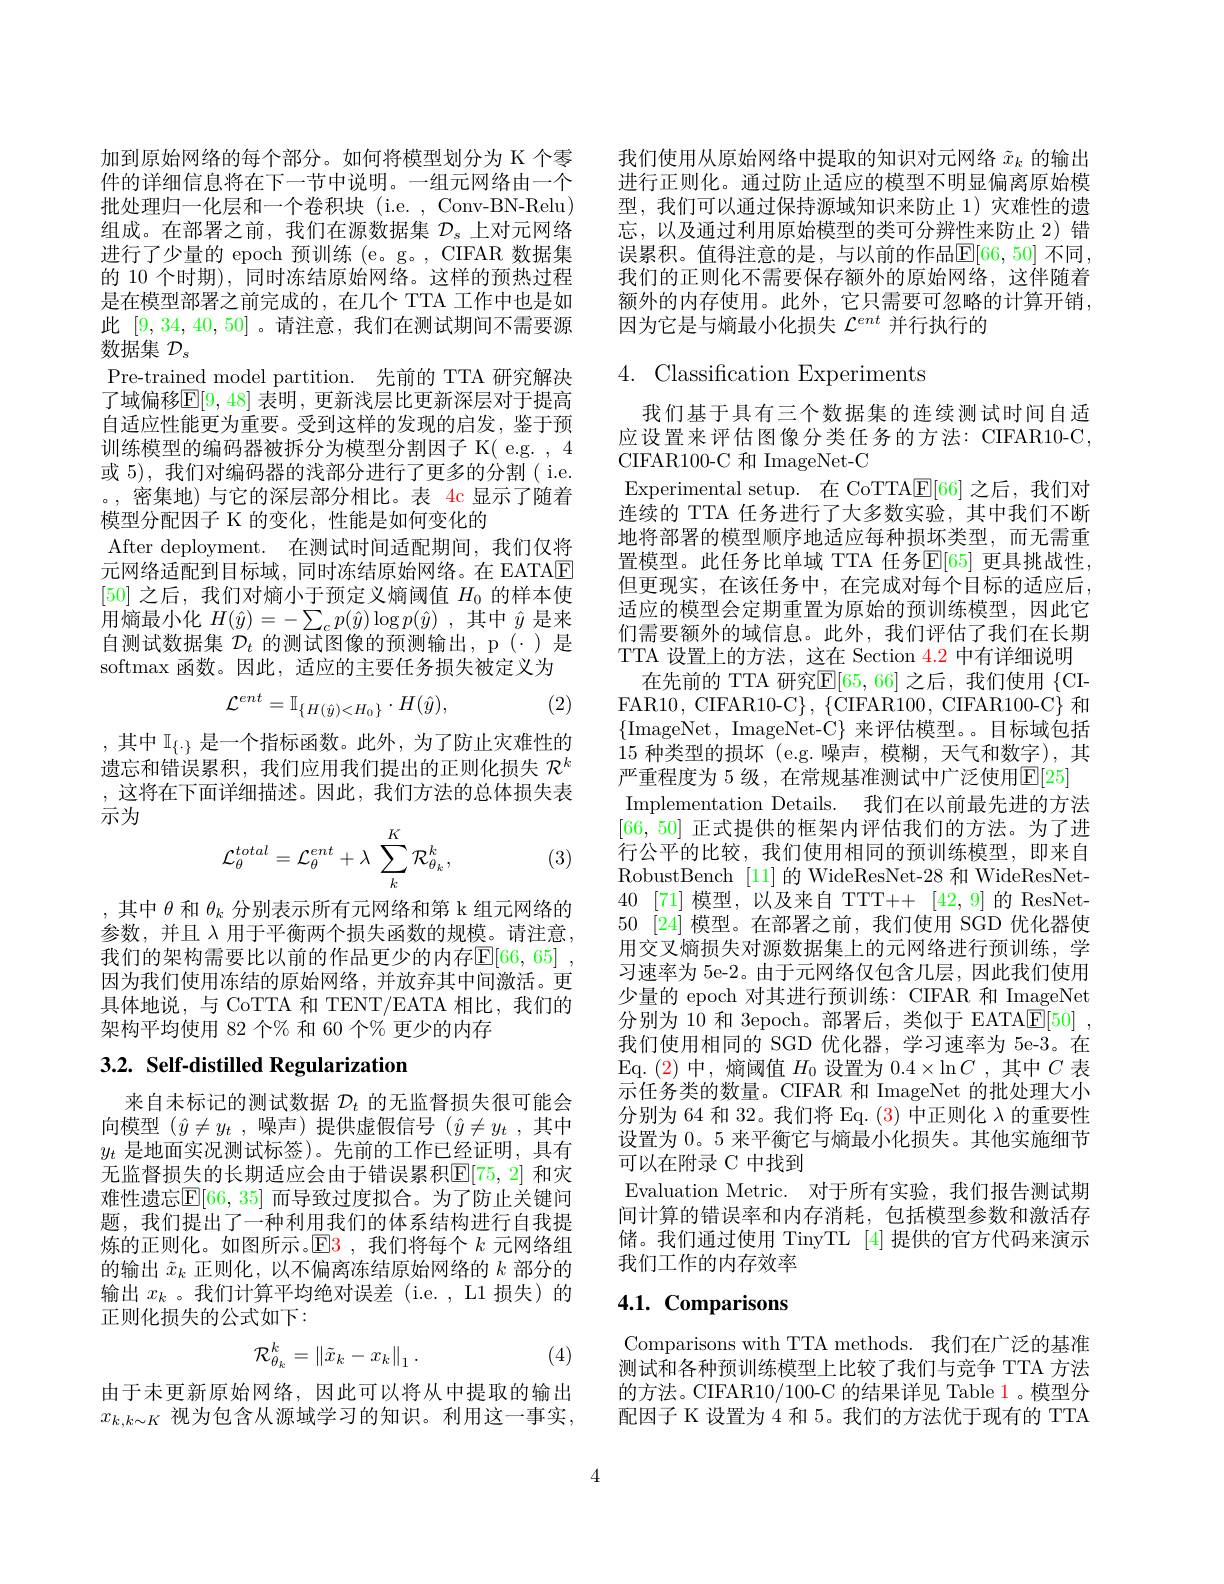
加到原始网络的每个部分。如何将模型划分为 K 个零件的详细信息将在下一节中说明。一组元网络由一个批处理归一化层和一个卷积块 (i.e. , Conv-BN-Relu) 组成。在部署之前，我们在源数据集$\mathcal{D}_s$上对元网络进行了少量的 epoch 预训练 (e。g。, CIFAR 数据集的 10 个时期), 同时冻结原始网络。这样的预热过程是在模型部署之前完成的，在几个 TTA 工作中也是如此[9,34,40,50] 。请注意，我们在测试期间不需要源数据集$\mathcal{D}_s$
Pre-trained model partition. 先前的 TTA 研究解决了域偏移$\mathbb{E}[9,48]$ 表明，更新浅层比更新深层对于提高自适应性能更为重要。受到这样的发现的启发，鉴于预训练模型的编码器被拆分为模型分割因子 K( e.g. ,4或 5), 我们对编码器的浅部分进行了更多的分割( i.e. 。,密集地)与它的深层部分相比。表 4c 显示了随着模型分配因子 K 的变化，性能是如何变化的
After deployment. 在测试时间适配期间，我们仅将元网络适配到目标域，同时冻结原始网络。在 EATAE [50]之后，我们对熵小于预定义熵阈值$H_0$的样本使用熵最小化$H(\hat{y})=-\sum_cp(\hat{y})\log p(\hat{y})$ ,其中$\hat{y}$是来自测试数据集$\mathcal{D}_t$的测试图像的预测输出，p(\cdot)是softmax 函数。因此，适应的主要任务损失被定义为
(2)
$$\mathcal{L}^{ent}=\mathbb{I}_{\{H(\hat{y})<H_{0}\}}\cdot H(\hat{y}),$$
,其中$\mathbb{I}_\{\cdot\}$是一个指标函数。此外，为了防止灾难性的遗忘和错误累积，我们应用我们提出的正则化损失$\mathcal{R}^k$ ,这将在下面详细描述。因此，我们方法的总体损失表示为
$$\mathcal{L}_\theta^{total}=\mathcal{L}_\theta^{ent}+\lambda\:\sum_k^K\mathcal{R}_{\theta_k}^k,$$
(3)

,其中$\theta$和$\theta_k$分别表示所有元网络和第 k 组元网络的参数，并且 $\lambda$ 用于平衡两个损失函数的规模。请注意， 我们的架构需要比以前的作品更少的内存$\mathbb{E} [ 66, 65]$ , 因为我们使用冻结的原始网络，并放弃其中间激活。更具体地说，与 CoTTA 和 TENT/EATA 相比，我们的架构平均使用 82 个% 和 60 个% 更少的内存

# 3.2. Self-distilled Regularization

来自未标记的测试数据$\mathcal{D}_t$的无监督损失很可能会向模型$(\hat{y}\neq y_t$ ,噪声)提供虚假信号$(\hat{y}\neq y_t$ ,其中$y_t$是地面实况测试标签)。先前的工作已经证明，具有无监督损失的长期适应会由于错误累积$\mathbb{E}[75,2]$ 和灾难性遗忘$\mathbb{E}[66,35]$ 而导致过度拟合。为了防止关键问题，我们提出了一种利用我们的体系结构进行自我提炼的正则化。如图所示。$\color{red}{\mathrm{E3~,我们将每个~}k\text{ 元网络组}}$ 的输出$\tilde{x}_k$正则化，以不偏离冻结原始网络的$k$部分的输出$x_k$ 。我们计算平均绝对误差 (i.e. , L1 损失)的正则化损失的公式如下：
$$\mathcal{R}_{\theta_k}^k=\left\|\tilde{x}_k-x_k\right\|_1.$$
(4)

由于未更新原始网络，因此可以将从中提取的输出$x_{k,k\sim K}$ 视为包含从源域学习的知识。利用这一事实，

我们使用从原始网络中提取的知识对元网络$\tilde{x}_k$的输出进行正则化。通过防止适应的模型不明显偏离原始模型，我们可以通过保持源域知识来防止 1)灾难性的遗忘，以及通过利用原始模型的类可分辨性来防止 2) 错误累积。值得注意的是，与以前的作品$\mathbb{E}[66,50]$ 不同， 我们的正则化不需要保存额外的原始网络，这伴随着额外的内存使用。此外，它只需要可忽略的计算开销， 因为它是与熵最小化损失$\mathcal{L}^{ent}$并行执行的

# 4. Classification Experiments

我们基于具有三个数据集的连续测试时间自适应设置来评估图像分类任务的方法：CIFAR10-C, CIFAR100-C 和 ImageNet-C
Experimental setup. 在 CoTTA$\mathbb{E}[66]$之后，我们对连续的 TTA 任务进行了大多数实验，其中我们不断地将部署的模型顺序地适应每种损坏类型，而无需重置模型。此任务比单域 TTA 任务$\mathbb{E}[65]$ 更具挑战性， 但更现实，在该任务中，在完成对每个目标的适应后， 适应的模型会定期重置为原始的预训练模型，因此它们需要额外的域信息。此外，我们评估了我们在长期TTA 设置上的方法，这在 Section $\color{red}{4.2}$中有详细说明
在先前的 TTA 研究$\mathbb{E}[65,66]$ 之后，我们使用{CIFAR10, CIFAR10-C\}, \{CIFAR100, CIFAR100-C\} 和$\{$ImageNet, ImageNet-C} 来评估模型。目标域包括15种类型的损坏 (e.g.噪声，模糊，天气和数字),其严重程度为 5 级，在常规基准测试中广泛使用$\mathbb{E}[25]$
Implementation Details. 我们在以前最先进的方法[66,50]正式提供的框架内评估我们的方法。为了进行公平的比较，我们使用相同的预训练模型，即来自RobustBench [11] 的 WideResNet-28 和 WideResNet- 40 [71]模型，以及来自 TTT++ [42,9]的 ResNet- 50 [24]模型。在部署之前，我们使用 SGD 优化器使用交叉熵损失对源数据集上的元网络进行预训练，学习速率为 5e-2。由于元网络仅包含几层，因此我们使用少量的 epoch 对其进行预训练：CIFAR 和 ImageNet 分别为 10 和 3epoch。部署后，类似于 EATA[E[50] , 我们使用相同的 SGD 优化器，学习速率为 5e-3。在Eq. ( 2) 中 , 熵 阈 值 $H_0$设置为$0.4\times\ln C$ ,其中$C$表示任务类的数量。CIFAR 和 ImageNet 的批处理大小分别为 64 和 32。我们将 Eq. (3) 中正则化$\lambda$的重要性设置为0。5 来平衡它与熵最小化损失。其他实施细节可以在附录 C 中找到
Evaluation Metric. 对于所有实验，我们报告测试期间计算的错误率和内存消耗，包括模型参数和激活存储。我们通过使用 TinyTL [4] 提供的官方代码来演示我们工作的内存效率

# 4.1. Comparisons

Comparisons with TTA methods. 我们在广泛的基准测试和各种预训练模型上比较了我们与竞争 TTA 方法的方法。CIFAR10/100-C 的结果详见 Table 1 。模型分配因子 K 设置为 4 和 5。我们的方法优于现有的 TTA

4